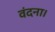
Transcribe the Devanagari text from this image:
वंदना।